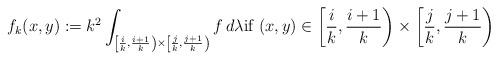
LaTeX: \begin{align*} f_k(x,y) := k^2 \int_{\left[ \frac{i}{k}, \frac{i+1}{k} \right) \times \left[ \frac{j}{k}, \frac{j+1}{k} \right)} f \,d\lambda \text{if } (x,y) \in \left[ \frac{i}{k}, \frac{i+1}{k} \right) \times \left[ \frac{j}{k}, \frac{j+1}{k} \right) \end{align*}